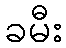
ခမီး